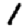
Digit: 1